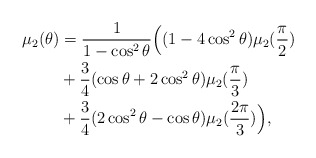
\begin{align*} \mu_{2}(\theta)&=\frac{1}{1-\cos^{2}\theta}\Big((1-4\cos^{2}\theta)\mu_{2}(\frac{\pi}{2})\\&+\frac{3}{4}(\cos\theta+2\cos^{2}\theta)\mu_{2}(\frac{\pi}{3})\\&+\frac{3}{4}(2\cos^{2}\theta-\cos\theta)\mu_{2}(\dfrac{2\pi}{3})\Big), \end{align*}